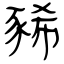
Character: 豨